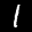
Label: 1